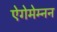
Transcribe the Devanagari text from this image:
ऐगेमेम्नन